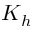
K _ { h }